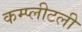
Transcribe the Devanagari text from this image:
कम्प्लीटली